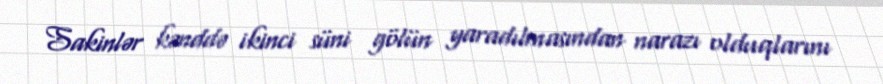
Sakinlər kənddə ikinci süni gölün yaradılmasından narazı olduqlarını